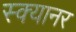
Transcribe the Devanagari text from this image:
स्क्यानर